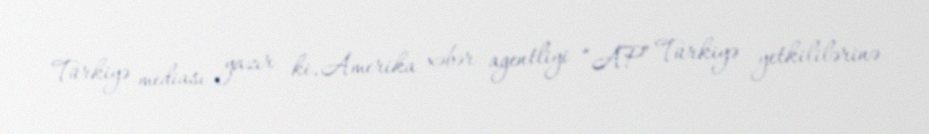
Türkiyə mediası yazır ki, Amerika xəbər agentliyi “AP” Türkiyə yetkililərinə